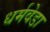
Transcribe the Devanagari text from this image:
धर्मवेडा